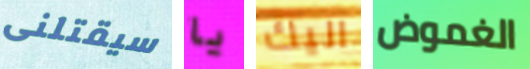
سيقتلنى يا اليك الغموض